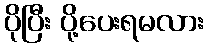
ပိုပြီး ပို့ပေးရမလား